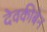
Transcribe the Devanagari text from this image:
देवकीबेन